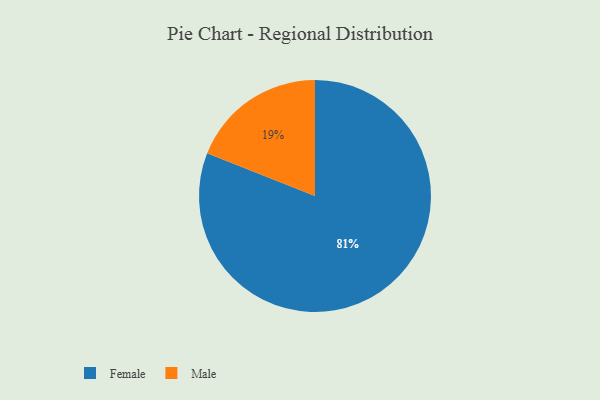
{"axis": {"x": "Category", "y": "Percentage"}, "legend": ["Female", "Male"], "data": [{"x": "Female", "y": 81, "type": "Female"}, {"x": "Male", "y": 19, "type": "Male"}]}